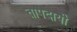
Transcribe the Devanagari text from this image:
तापदायी